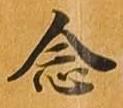
念